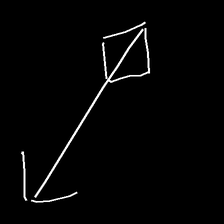
Glyph: focus